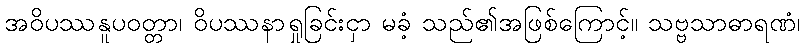
အဝိပဿနူပဝတ္တာ၊ ဝိပဿနာရှုခြင်းငှာ မခံ့ သည်၏အဖြစ်ကြောင့်။ သဗ္ဗသာဓာရဏံ၊